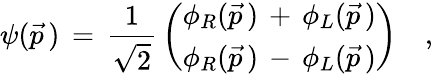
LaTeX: \psi(\vec{p}\, )\, =\, {\frac{1}{\sqrt{2}}}\left(\begin{array}{cc}{{\phi_{R}(\vec{p}\, )\, +\, \phi_{L}(\vec{p}\, )}}\\ {{\phi_{R}(\vec{p}\, )\, -\, \phi_{L}(\vec{p}\, )}}\end{array}\right)\quad,